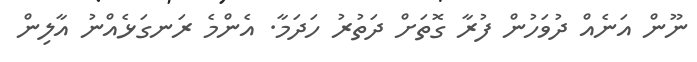
ނޫން އަނެއް ދުވަހުން ފުރާ ގޮތަށް ދަތުރު ހަދަމާ. އެންމެ ރަނގަޅެއްނު އާލިން